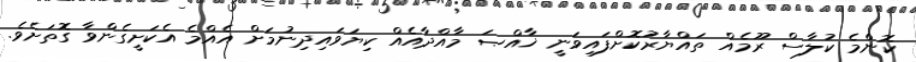
ކޮންމެ ކުލާސް ރޫމެއް ތައްޔާރުކޮށްފައިވަނީ ޚާއްޞަ މާއްދާއެއް ކިޔަވައިދިނުމަށް އެއްމެ އެކަށީގެންވާ ގޮތަށެވެ.